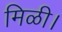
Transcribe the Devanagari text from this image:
मिळी।